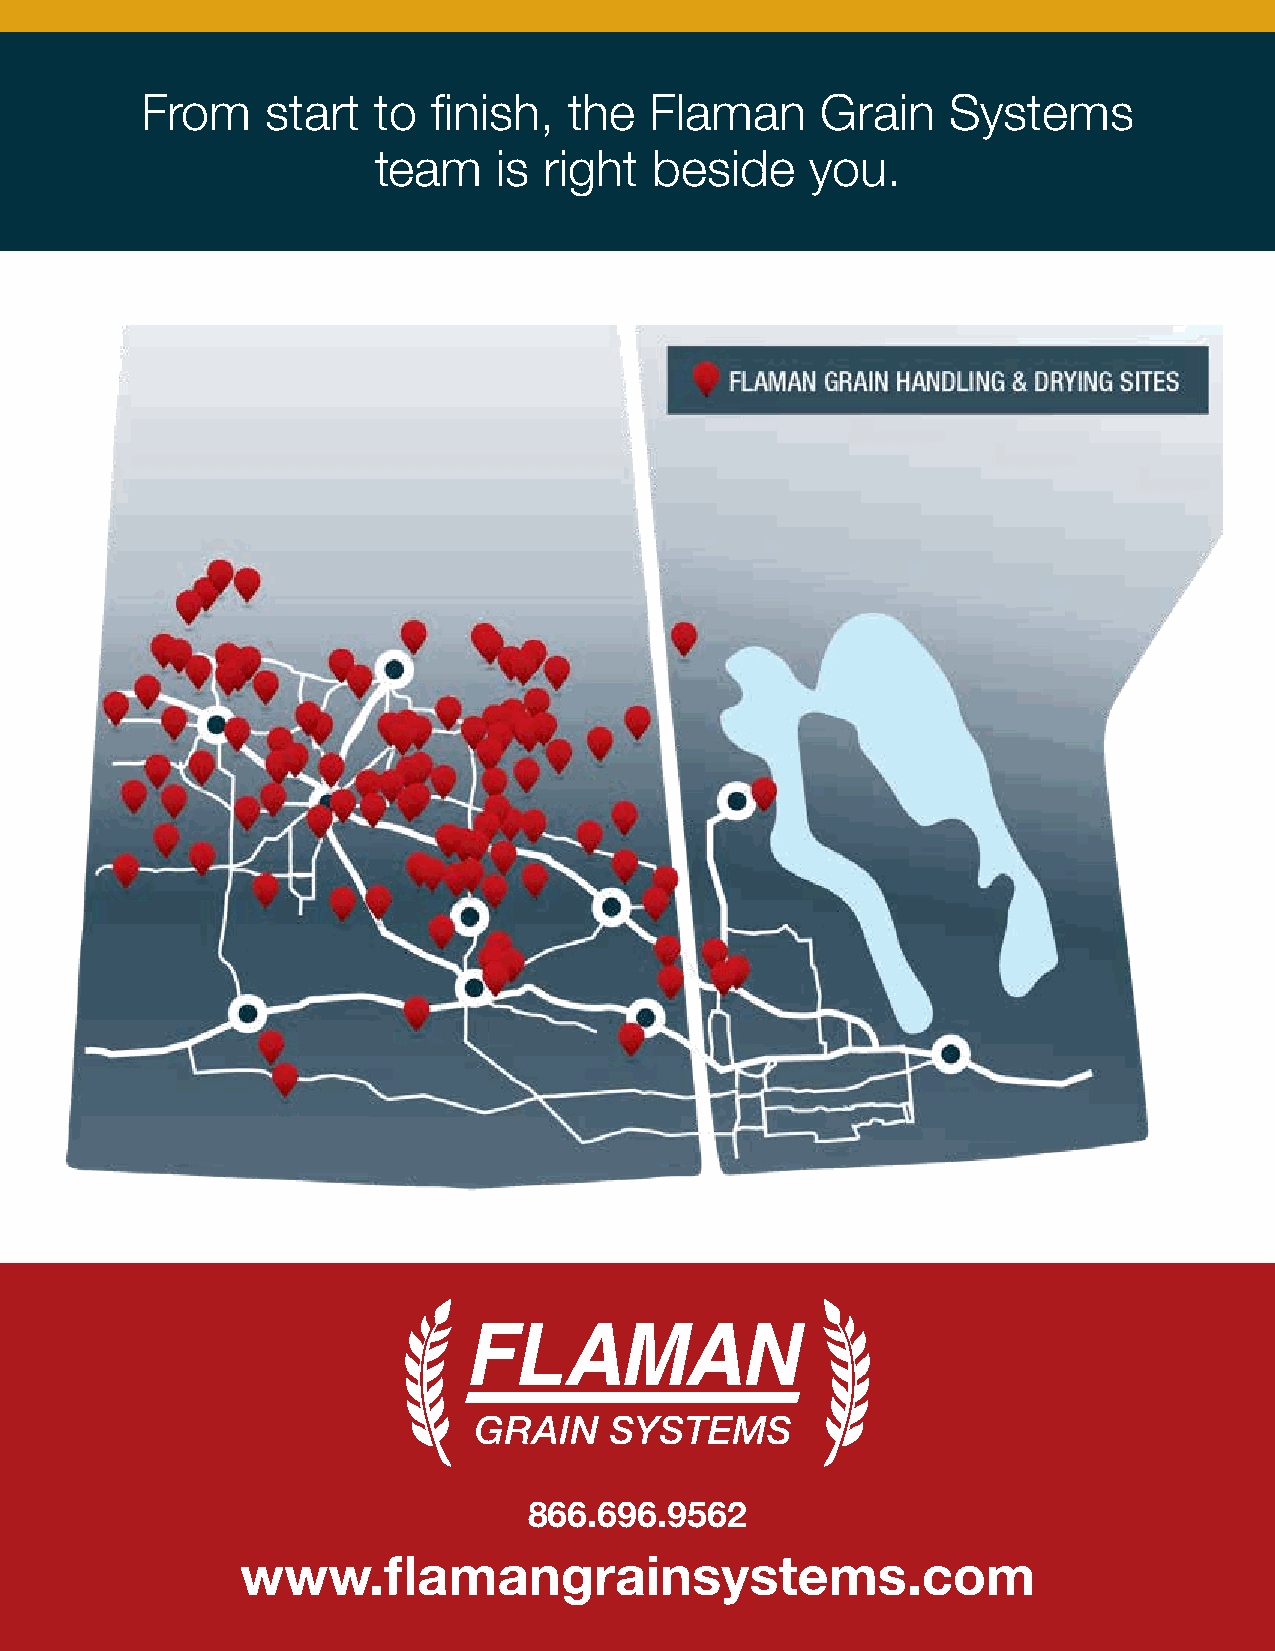
From     start  to  finish,  the  Flaman     Grain    Systems
 team    is right  beside     you.
 866.696.9562
 www.flamangrainsystems.com